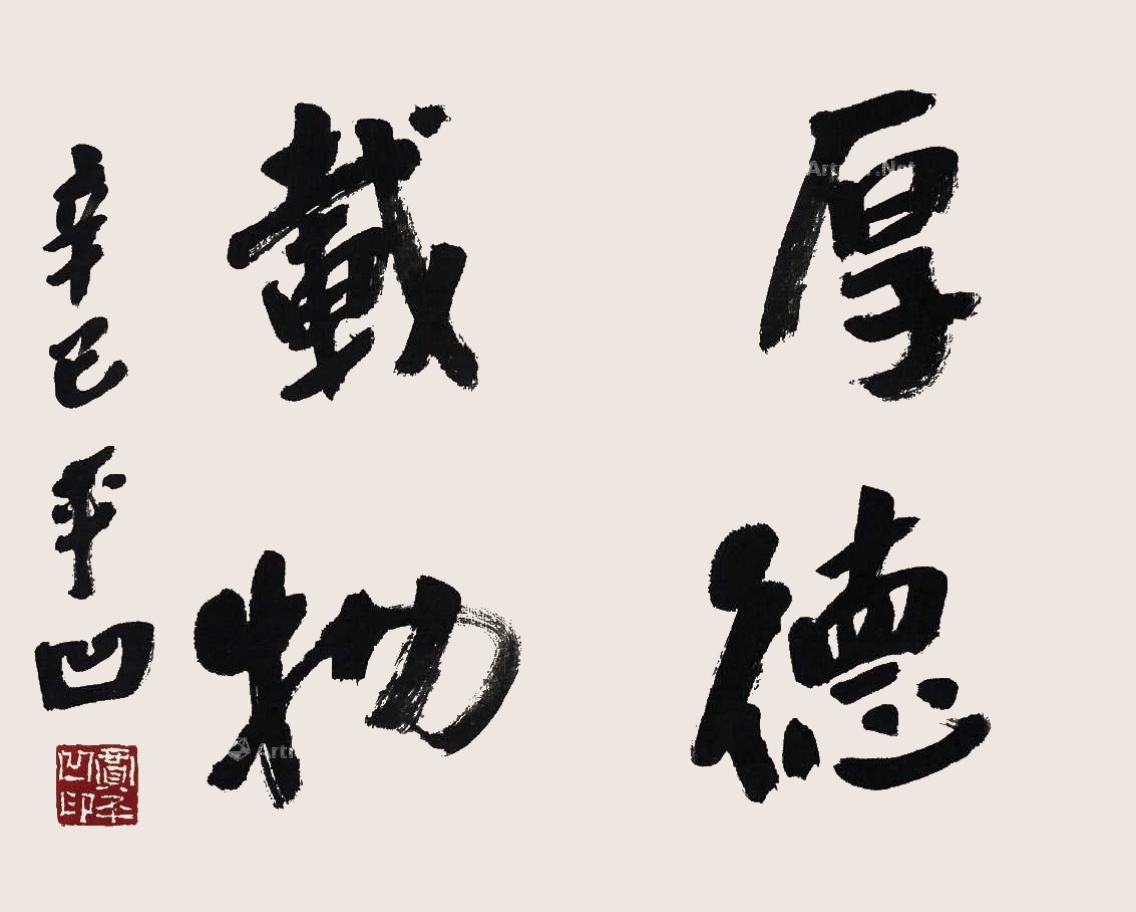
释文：厚德载物贾平凹印